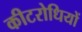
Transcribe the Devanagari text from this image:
कीटरोधियों